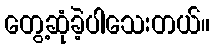
တွေ့ဆုံခဲ့ပါသေးတယ်။